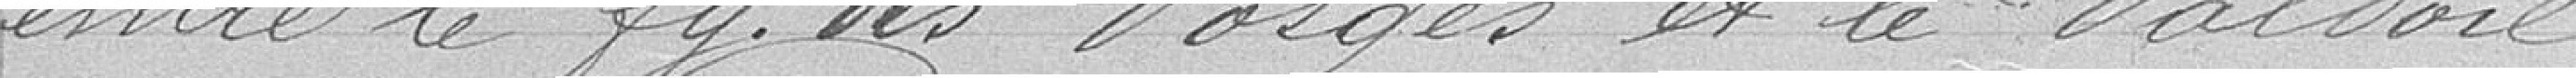
entre le Faubourg des Vosges et le Valdoie.